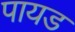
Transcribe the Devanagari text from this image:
पायड